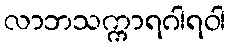
လာဘသက္ကာရဂါရဝါ